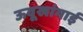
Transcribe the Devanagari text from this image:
ऊवूखांगाई